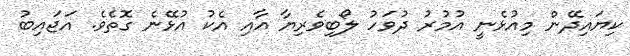
ކިޔައިދޭން މިއުޅެނީ އުމުރު ދުވަހު ލޯބިވެރިޔާ އާއި އެކު އުޅޭނެ ގޮތެވެ. އަޖައިބު